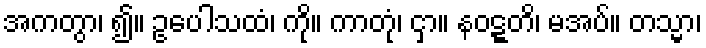
အကတွာ၊ ၍။ ဥပေါသထံ၊ ကို။ ကာတုံ၊ ငှာ။ နဝဋ္ဋတိ၊ မအပ်။ တသ္မာ၊